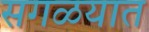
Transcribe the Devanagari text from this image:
सगळयात